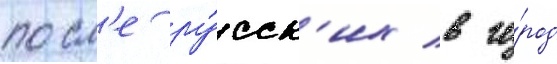
посл'е ру́сск'их в го́род